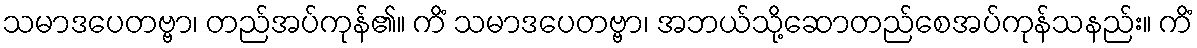
သမာဒပေတဗ္ဗာ၊ တည်အပ်ကုန်၏။ ကိံ သမာဒပေတဗ္ဗာ၊ အဘယ်သို့ဆောတည်စေအပ်ကုန်သနည်း။ ကိံ